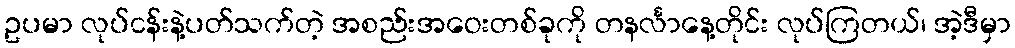
ဥပမာ လုပ်ငန်းနဲ့ပတ်သက်တဲ့ အစည်းအဝေးတစ်ခုကို တနင်္လာနေ့တိုင်း လုပ်ကြတယ်၊ အဲ့ဒီမှာ